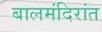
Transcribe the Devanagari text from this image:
बालमंदिरांत